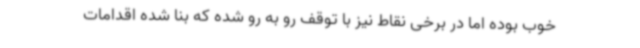
خوب بوده اما در برخی نقاط نیز با توقف رو به رو شده که بنا شده اقدامات